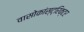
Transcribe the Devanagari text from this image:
वासोकांस्ट्रिक्टर